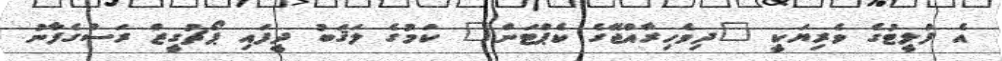
އެ ފްލީޓުގެ ވެރިޔަކީ "ދިވެހިރާއްޖޭގެ ކެޕްޓަން" ކަމުގެ ލަޤަބު ދީފައި ޕޯޗުގީޒް ރަސްގެފާނު